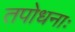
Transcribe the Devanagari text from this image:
तपोधनाः